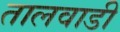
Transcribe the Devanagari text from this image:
तालवाडी